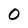
Character: O